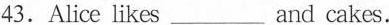
43.Alice likes___and cakes.